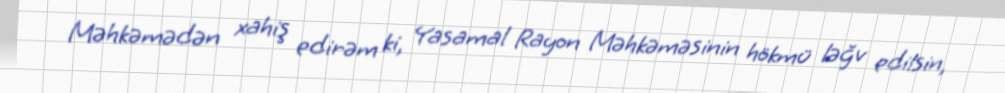
Məhkəmədən xahiş edirəm ki, Yasamal Rayon Məhkəməsinin hökmü ləğv edilsin,